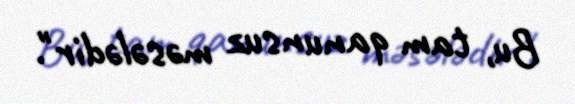
Bu, tam qanunsuz məsələdir".